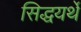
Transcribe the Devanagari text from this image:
सिद्धयर्थे